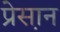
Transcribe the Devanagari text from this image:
प्रेस़ान